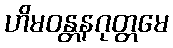
ဟိမဝန္တနဂုတ္တမေ